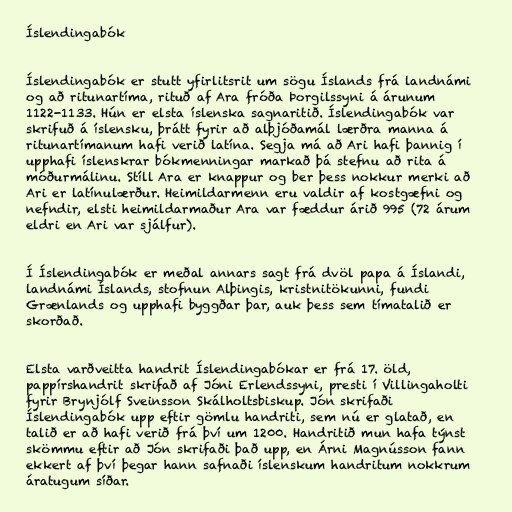
Íslendingabók

Íslendingabók er stutt yfirlitsrit um sögu Íslands frá landnámi
og að ritunartíma, rituð af Ara fróða Þorgilssyni á árunum
1122-1133. Hún er elsta íslenska sagnaritið. Íslendingabók var
skrifuð á íslensku, þrátt fyrir að alþjóðamál lærðra manna á
ritunartímanum hafi verið latína. Segja má að Ari hafi þannig í
upphafi íslenskrar bókmenningar markað þá stefnu að rita á
móðurmálinu. Stíll Ara er knappur og ber þess nokkur merki að
Ari er latínulærður. Heimildarmenn eru valdir af kostgæfni og
nefndir, elsti heimildarmaður Ara var fæddur árið 995 (72 árum
eldri en Ari var sjálfur).

Í Íslendingabók er meðal annars sagt frá dvöl papa á Íslandi,
landnámi Íslands, stofnun Alþingis, kristnitökunni, fundi
Grænlands og upphafi byggðar þar, auk þess sem tímatalið er
skorðað.

Elsta varðveitta handrit Íslendingabókar er frá 17. öld,
pappírshandrit skrifað af Jóni Erlendssyni, presti í Villingaholti
fyrir Brynjólf Sveinsson Skálholtsbiskup. Jón skrifaði
Íslendingabók upp eftir gömlu handriti, sem nú er glatað, en
talið er að hafi verið frá því um 1200. Handritið mun hafa týnst
skömmu eftir að Jón skrifaði það upp, en Árni Magnússon fann
ekkert af því þegar hann safnaði íslenskum handritum nokkrum
áratugum síðar.